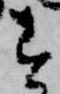
す